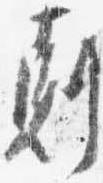
剋